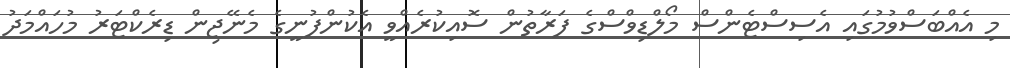
މި އެއްބަސްވުމުގައި އެސިސްޓެންސް މޯލްޑިވްސްގެ ފަރާތުން ސޮއިކުރެއްވީ އެކުންފުނީގެ މެނޭޖިން ޑިރެކްޓަރު މުހައްމަދު